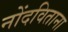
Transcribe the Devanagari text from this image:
नोंदविताना